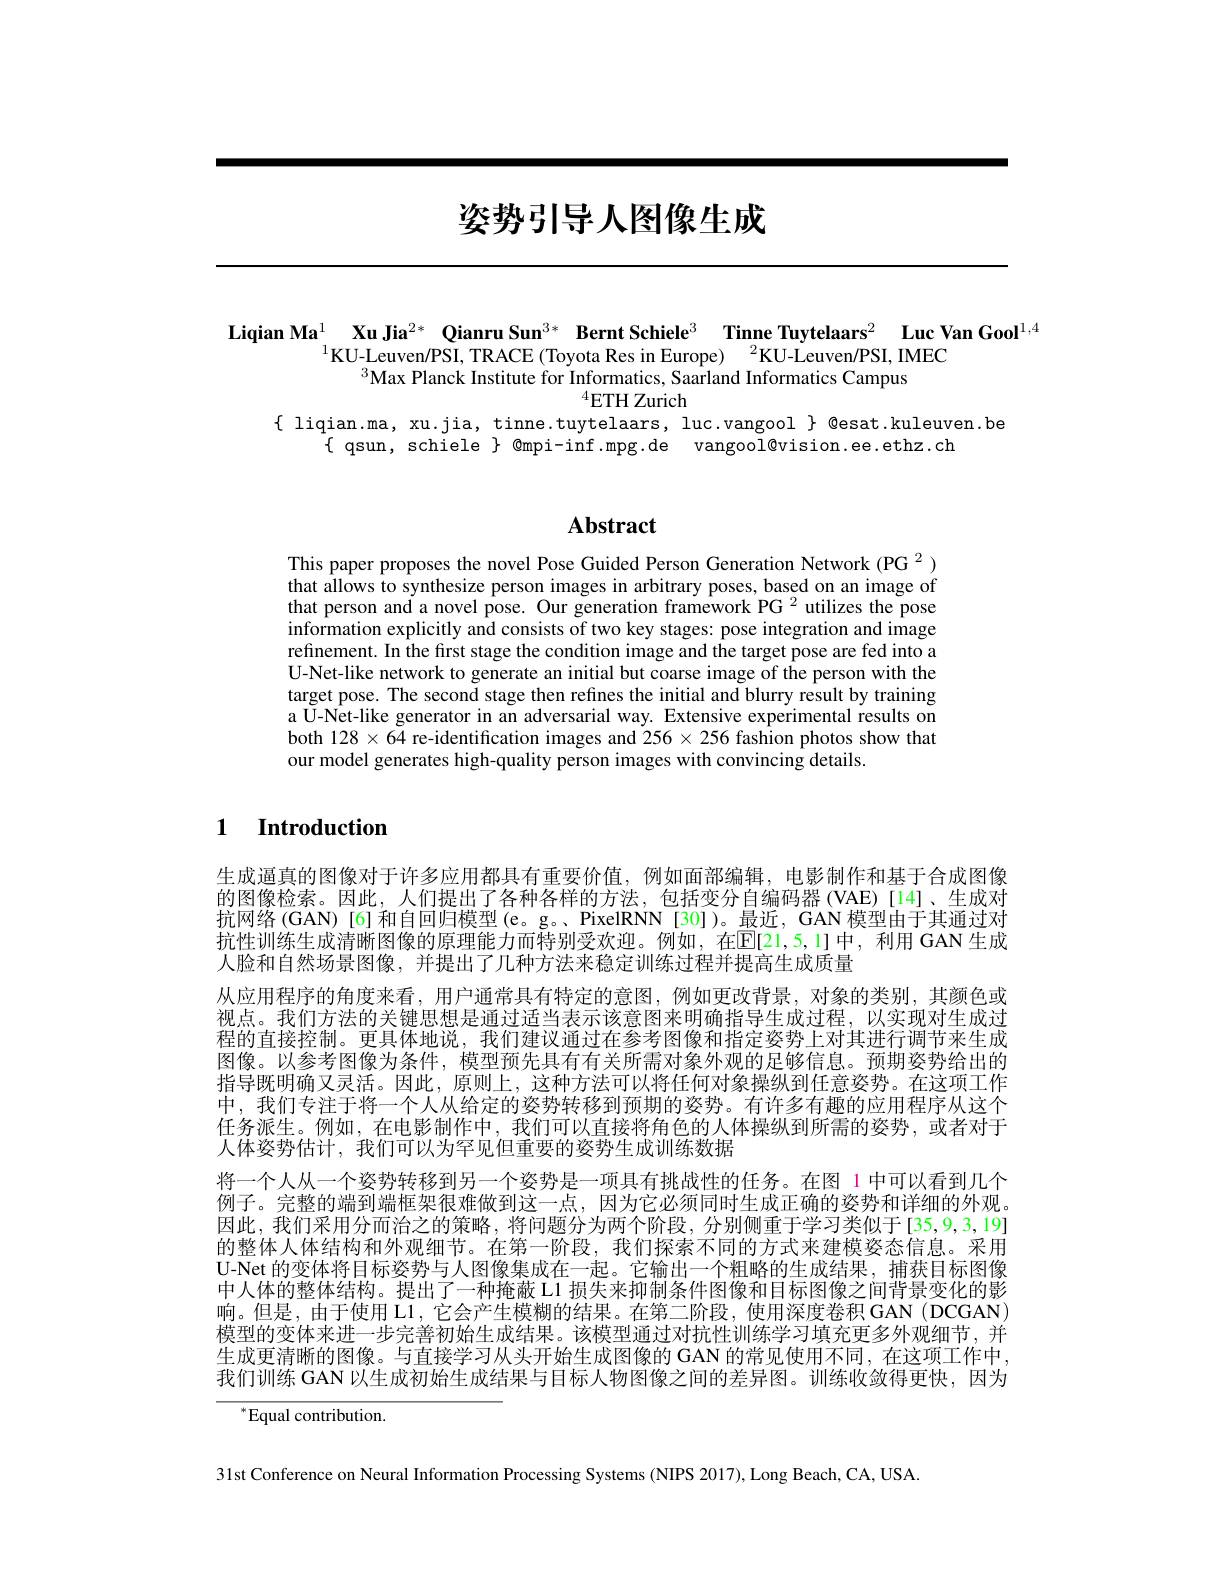
# 姿势引导人图像生成

Liqian Ma$^{1}$ Xu Jia$^{2*}$ Qianru Sun$^{3*}$ Bernt Schiele$^{3}$ Tinne Tuytelaars$^{2}$ Luc Van Gool$^{1,4}$
$^{1}$KU-Leuven/PSI, TRACE(Toyota Res in Europe)$^2$KU-Leuven/PSI, IMEC
$^{3}$Max Planck Institute for Informatics, Saarland Informatics Campus
$^{4}$ETH Zurich
$\{$ liqian.ma, xu.jia, tinne.tuytelaars, luc.vangool $\}$ @esat.kuleuven.be
$\{$ qsun, schiele $\}$ @mpi-inf.mpg.de vangool@vision.ee.ethz.ch

## $\mathbf{Abstract}$

This paper proposes the novel Pose Guided Person Generation Network (PG $^{2})$ that allows to synthesize person images in arbitrary poses,based on an image of that person and a novel pose. Our generation framework PG $^{2}$ utilizes the pose information explicitly and consists of two key stages: pose integration and image refinement. In the first stage the condition image and the target pose are fed into a U-Net-like network to generate an initial but coarse image of the person with the target pose. The second stage then refines the initial and blurry result by training a Ú-Net-like generator in an adversarial way. Extensive experimental results on both $128\times64$ re-identification images and $256\times256$ fashion photos show that our model generates high-quality person images with convincing details.

### $\textbf{1}$ $\textbf{Introduction}$

生成逼真的图像对于许多应用都具有重要价值，例如面部编辑，电影制作和基于合成图像的图像检索。因此，人们提出了各种各样的方法，包括变分自编码器(VAE)[14]、生成对抗网络(GAN)[6]和自回归模型(e。g。PixelRNN[30])。最近，GAN模型由于其通过对抗性训练生成清晰图像的原理能力而特别受欢迎。例如，在$\mathbb{E}[21,5,1]$中，利用GAN生成人脸和自然场景图像，并提出了几种方法来稳定训练过程并提高生成质量
从应用程序的角度来看，用户通常具有特定的意图，例如更改背景，对象的类别，其颜色或视点。我们方法的关键思想是通过适当表示该意图来明确指导生成过程，以实现对生成过程的直接控制。更具体地说，我们建议通过在参考图像和指定姿势上对其进行调节来生成图像。以参考图像为条件，模型预先具有有关所需对象外观的足够信息。预期姿势给出的指导既明确又灵活。因此，原则上，这种方法可以将任何对象操纵到任意姿势。在这项工作中，我们专注于将一个人从给定的姿势转移到预期的姿势。有许多有趣的应用程序从这个任务派生。例如，在电影制作中，我们可以直接将角色的人体操纵到所需的姿势，或者对于人体姿势估计，我们可以为罕见但重要的姿势生成训练数据
将一个人从一个姿势转移到另一个姿势是一项具有挑战性的任务。在图 1 中可以看到几个例子。完整的端到端框架很难做到这一点，因为它必须同时生成正确的姿势和详细的外观。因此，我们采用分而治之的策略，将问题分为两个阶段，分别侧重于学习类似于[35,9,3,19] 的整体人体结构和外观细节。在第一阶段，我们探索不同的方式来建模姿态信息。采用U-Net 的变体将目标姿势与人图像集成在一起。它输出一个粗略的生成结果，捕获目标图像中人体的整体结构。提出了一种掩蔽 L1 损失来抑制条件图像和目标图像之间背景变化的影响。但是，由于使用 L1, 它会产生模糊的结果。在第二阶段，使用深度卷积 GAN (DCGAN) 模型的变体来进一步完善初始生成结果。该模型通过对抗性训练学习填充更多外观细节，并生成更清晰的图像。与直接学习从头开始生成图像的 GAN 的常见使用不同，在这项工作中我们训练 GAN 以生成初始生成结果与目标人物图像之间的差异图。训练收敛得更快，因为

$^{*}$Equal contribution.

31st Conference on Neural Information Processing Systems (NIPS 2017), Long Beach, CA, USA